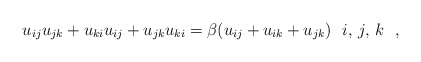
\begin{gather*} u_{ij} u_{jk}+u_{ki} u_{ij}+u_{jk} u_{ki}= \beta (u_{ij}+u_{ik}+u_{jk}) \ \ i,\,j,\,k \ \ ,\end{gather*}